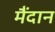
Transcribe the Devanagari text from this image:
मैंदान